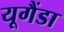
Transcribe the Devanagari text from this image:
यूगैंडा